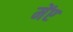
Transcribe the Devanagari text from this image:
मेंए